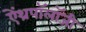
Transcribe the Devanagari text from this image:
ऐंथ्रपॉलॉजी